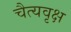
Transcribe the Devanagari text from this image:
चैत्यवृक्ष